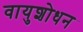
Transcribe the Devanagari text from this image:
वायुशोधन